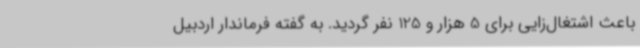
باعث اشتغال‌زایی برای 5 هزار و 125 نفر گردید. به گفته فرماندار اردبیل